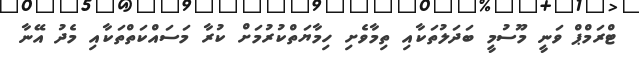
ޓްރަމްޕް ވަނީ މޫސުމީ ބަދަލުތަކާއި ތިމާވެށި ހިމާޔަތްކުރުމަށް ކުރާ މަސައްކަތްތަކާއި މެދު އޭނާ